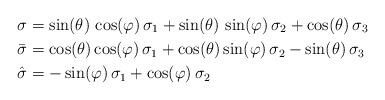
LaTeX: \begin{align*} \sigma &= \sin(\theta)\,\cos(\varphi)\,\sigma_1 +\sin(\theta)\,\sin(\varphi)\,\sigma_2 +\cos(\theta)\,\sigma_3 \\ \bar{\sigma} &= \cos(\theta)\cos(\varphi)\,\sigma_1 +\cos(\theta)\sin(\varphi)\,\sigma_2 -\sin(\theta)\,\sigma_3 \\ \hat{\sigma} &= -\sin(\varphi)\,\sigma_1+\cos(\varphi)\,\sigma_2\end{align*}